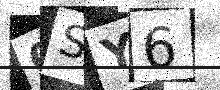
Text: 0SY6